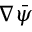
\nabla \Bar { \psi }